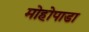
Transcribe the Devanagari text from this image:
मोहोपाडा